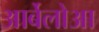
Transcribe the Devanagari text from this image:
आर्बेलोआ